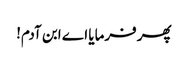
پھر فرمایا اے ابن آدم!